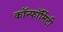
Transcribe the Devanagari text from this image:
कॉन्फॉर्मिटी